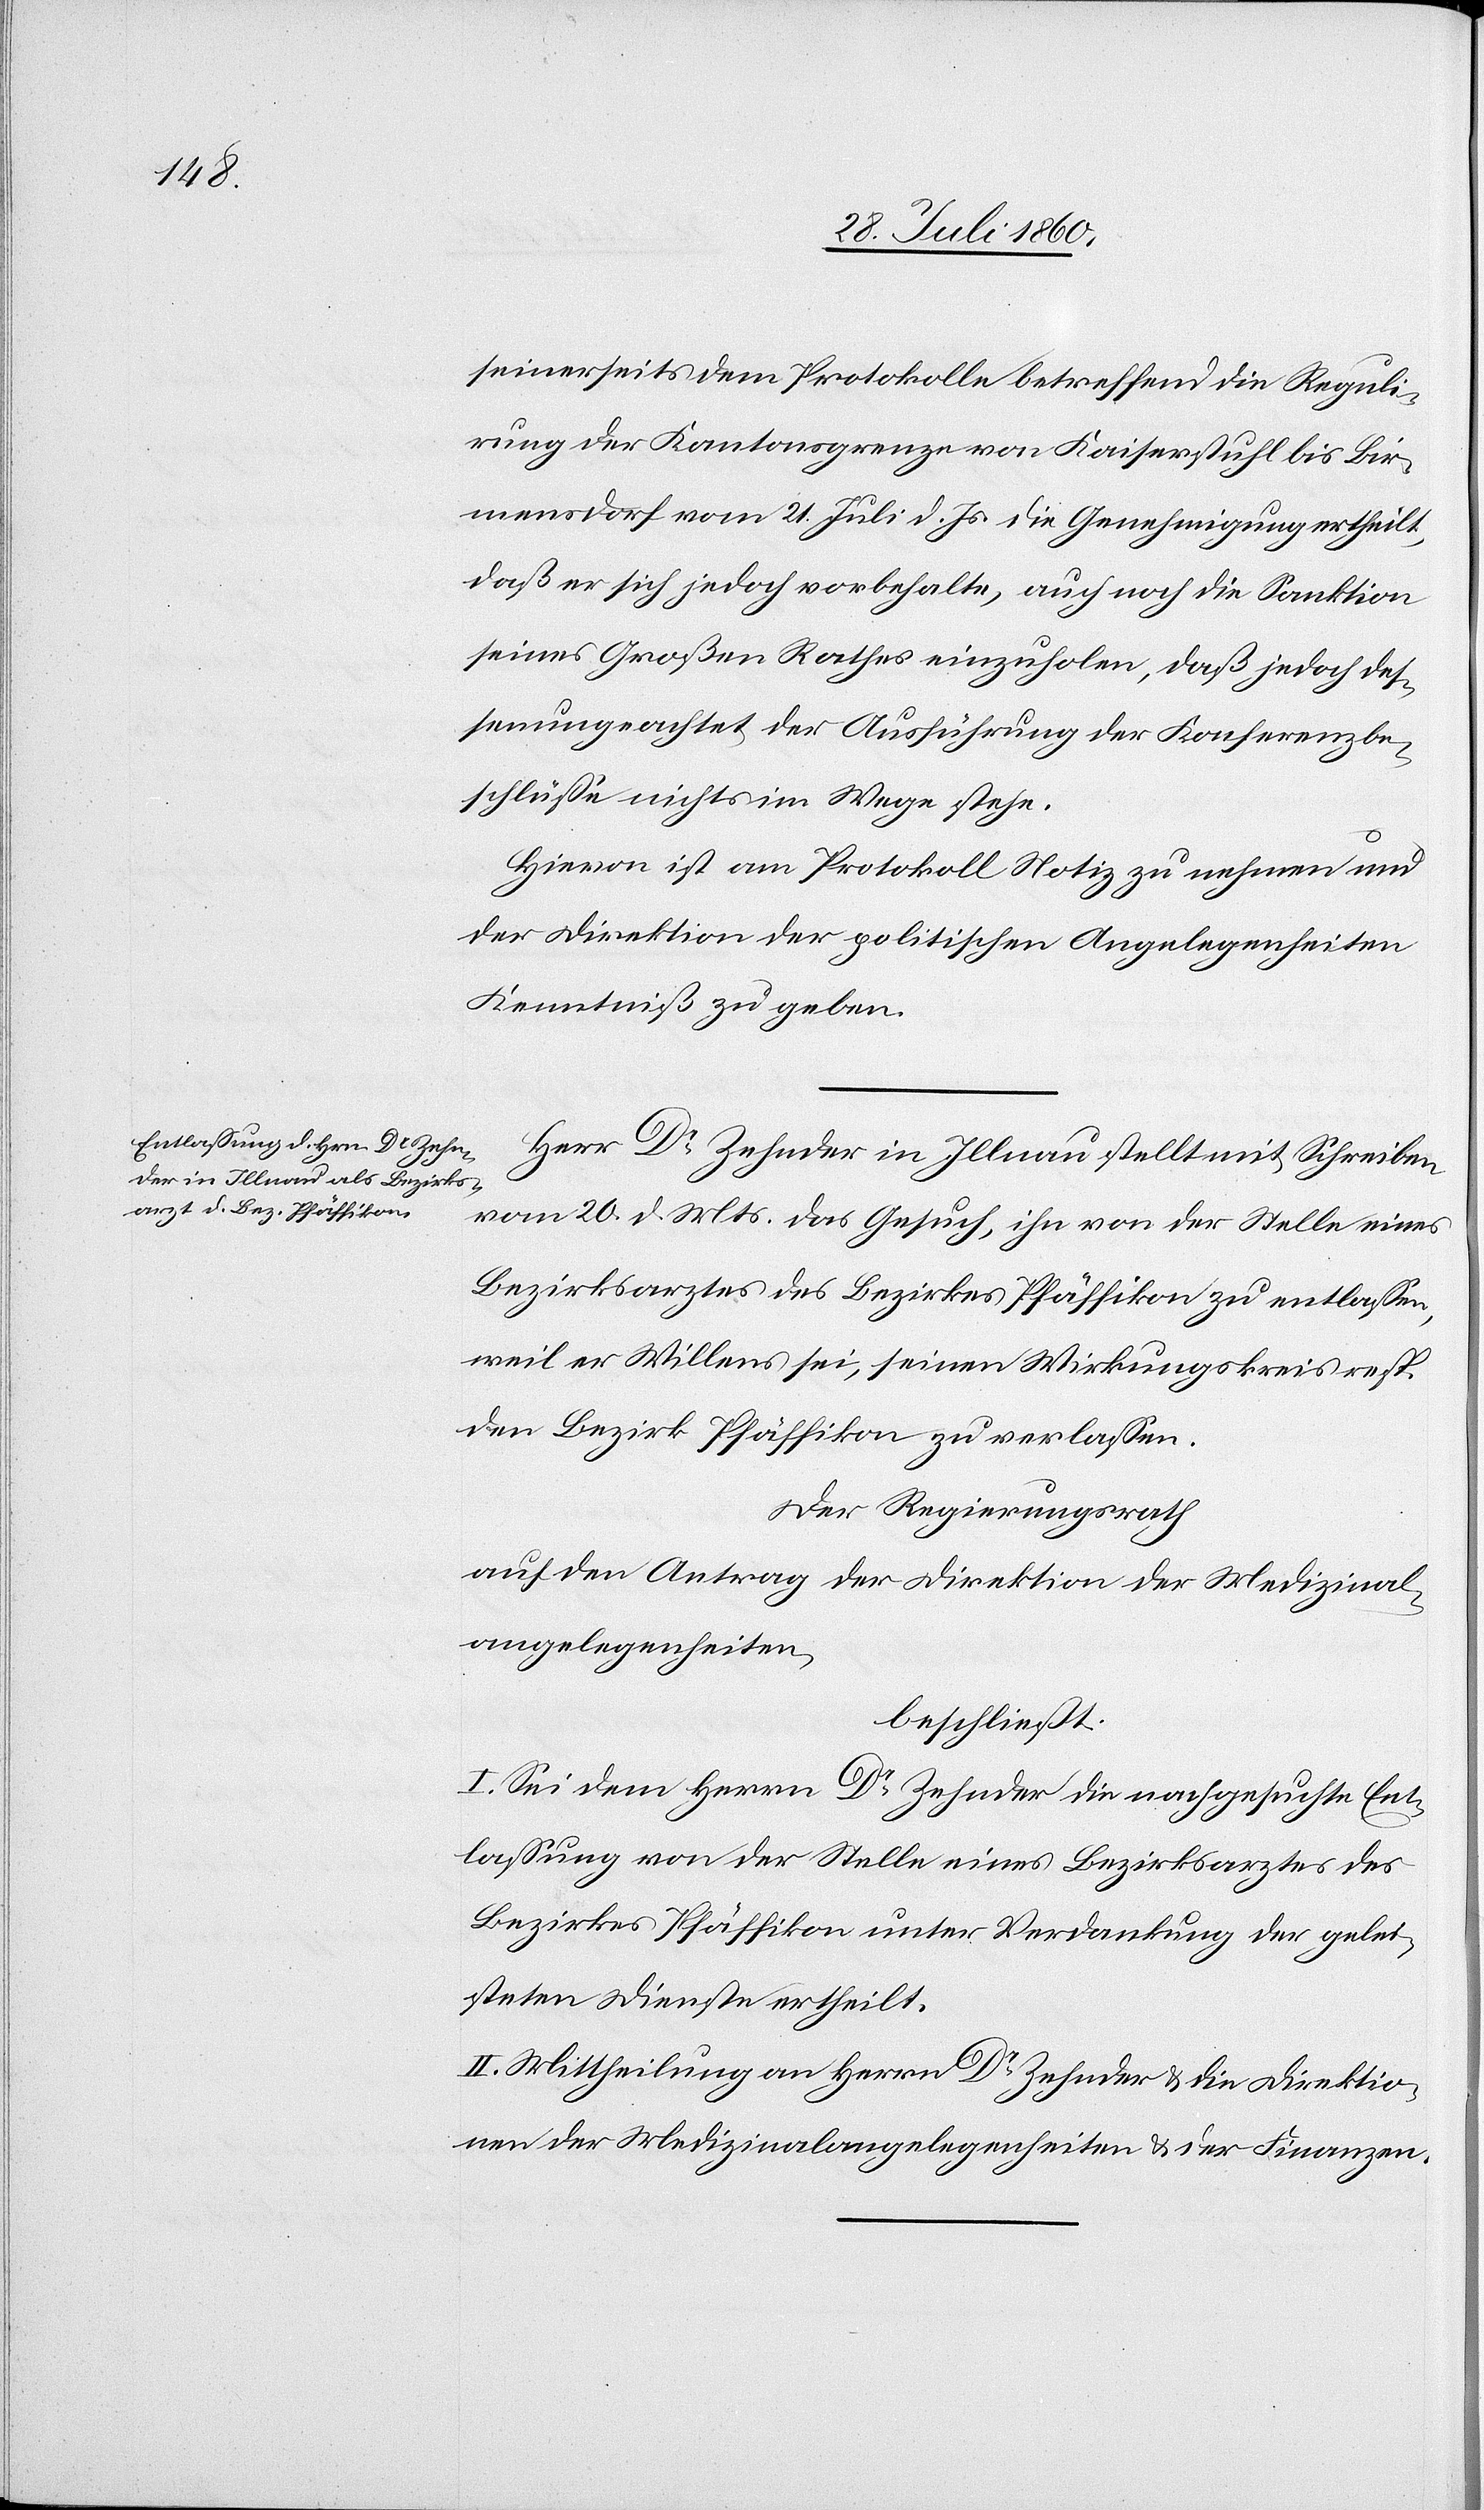
seinerseits dem Protokolle betreffend die Reguli¬
rung der Kantonsgrenze von Kaiserstuhl bis Bir¬
mensdorf vom 21. Juli d. Js. die Genehmigung ertheilt,
dass er sich jedoch vorbehalte, auch noch die Sanktion
seines Grossen Rathes einzuholen, dass jedoch des¬
sen ungeachtet der Ausführung der Konferenzbe¬
schlüsse nichts im Wege stehe.
Hievon ist am Protokoll Notiz zu nehmen und
der Direktion der politischen Angelegenheiten
Kenntniss zu geben.
Herr Dr Zehnder in Illnau stellt mit Schreiben
vom 20. d. Mts. das Gesuch, ihn von der Stelle eines
Bezirksarztes des Bezirkes Pfäffikon zu entlassen,
weil er Willens sei, seinen Wirkungskreis resp.
den Bezirk Pfäffikon zu verlassen.
Der Regierungsrath,
auf den Antrag der Direktion der Medizinal¬
angelegenheiten,
beschliesst:
I. Sei dem Hrn. Dr Zehnder die nachgesuchte Ent¬
lassung von der Stelle eines Bezirksarztes des
Bezirkes Pfäffikon unter Verdankung der gelei¬
steten Dienste ertheilt.
II. Mittheilung an Herrn Dr Zehnder und die Direktio¬
n der Medizinalangelegenheiten u. der Finanzen.